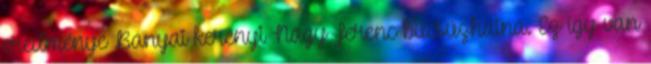
eredménye Bányai kerényi Nagy Ferenc búcsúzhatna. Ez így van